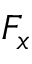
F _ { x }